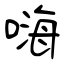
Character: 嗨